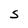
Character: S